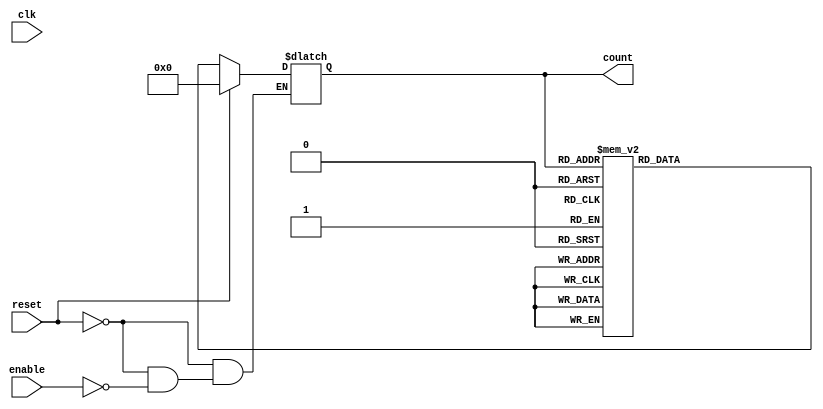
module async_counter (
    input wire clk,
    input wire reset,      // Asynchronous reset
    input wire enable,     // Count enable signal
    output reg [3:0] count // 4-bit counter output
);

// T flip-flop behavior implemented in an always block
always @* begin
    if (reset) begin
        count = 4'b0000;  // Reset counter to 0
    end else if (enable) begin
        case (count)
            4'b0000: count = 4'b0001;
            4'b0001: count = 4'b0010;
            4'b0010: count = 4'b0011;
            4'b0011: count = 4'b0100;
            4'b0100: count = 4'b0101;
            4'b0101: count = 4'b0110;
            4'b0110: count = 4'b0111;
            4'b0111: count = 4'b1000;
            4'b1000: count = 4'b1001;
            4'b1001: count = 4'b1010;
            4'b1010: count = 4'b1011;
            4'b1011: count = 4'b1100;
            4'b1100: count = 4'b1101;
            4'b1101: count = 4'b1110;
            4'b1110: count = 4'b1111;
            4'b1111: count = 4'b0000; // Wrap around
            default: count = 4'b0000;  // Safety
        endcase
    end
end

endmodule